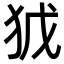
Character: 𭸀